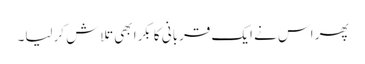
پھر اس نے ایک قربانی کا بکرا بھی تلاش کرلیا۔